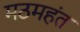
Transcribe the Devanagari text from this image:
मठमहंत